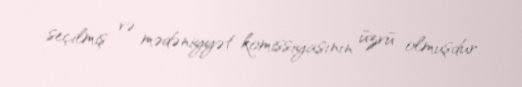
seçilmiş və mədəniyyət komissiyasının üzvü olmuşdur.